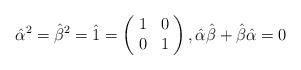
LaTeX: \begin{align*}\hat{\alpha}^{2} = \hat{\beta}^{2}=\hat{1} = \left(\!\begin{array}{cc}1 & 0\\0 & 1\end{array}\!\right), \hat{\alpha}\hat{\beta}+\hat{\beta}\hat{\alpha} = 0\end{align*}